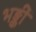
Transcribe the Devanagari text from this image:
भङ्कीं